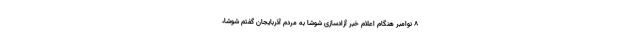
۸ نوامبر هنگام اعلام خبر آزادسازی شوشا به مردم آذربایجان گفتم شوشا،